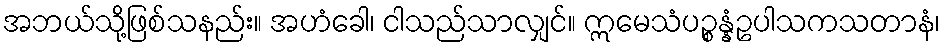
အဘယ်သို့ဖြစ်သနည်း။ အဟံခေါ၊ ငါသည်သာလျှင်။ ဣမေသံပဉ္စန္နံဥပါသကသတာနံ၊